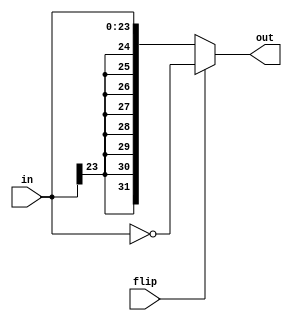
//////////////////////////////////////////////////////////////////////////////////////
//                                                                                  //
// Module : RX Data Recovery Flip Mux for Alt Path                                  //
//                                                                                  //
//                                                                                  //
// Copyright Superlative Semiconductor LLC 2021                                     //
// This source describes Open Hardware and is licensed under the CERN-OHL-P v2      //
// You may redistribute and modify this documentation and make products             //
// using it under the terms of the CERN-OHL-P v2 (https:/cern.ch/cern-ohl).         //
// This documentation is distributed WITHOUT ANY EXPRESS OR IMPLIED                 //
// WARRANTY, INCLUDING OF MERCHANTABILITY, SATISFACTORY QUALITY                     //
// AND FITNESS FOR A PARTICULAR PURPOSE. Please see the CERN-OHL-P v2               //
// for applicable conditions.                                                       //
//                                                                                  //
// Description:                                                                     //
//        This combinational circuit (should be 1 LUT per bit) performs muxing and  //
//     bit swapping in the integration combinational logic.                         //
//                                                                                  //
//    Revisions:                                                                    //
//                                                                                  //
//                                                                                  //
//////////////////////////////////////////////////////////////////////////////////////

module    flip_mux_alt
    (
        // Inputs
        input    wire    signed    [23:0]    in,
        input    wire                        flip,
        // Outputs
        output   wire    signed    [31:0]    out
    );
    
    wire    signed    [31:0]    in_extend;
    
    assign    in_extend    =    {{8{in[23]}},in};
    assign    out          =    flip    ?    ~in_extend    : in_extend;
    
endmodule